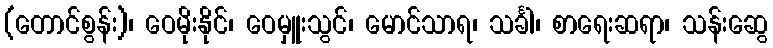
(တောင်စွန်း)၊ ဝေမိုးနိုင်၊ ဝေမှူးသွင်၊ မောင်သာရ၊ သင်္ခါ၊ စာရေးဆရာ၊ သန်းဆွေ